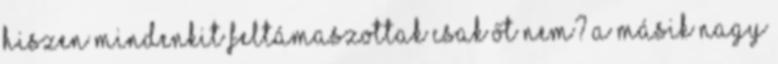
Hiszen mindenkit feltámaszottak csak őt nem? A másik nagy